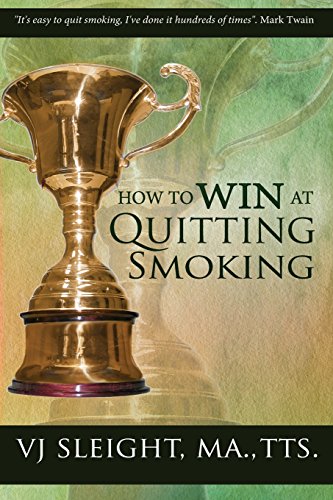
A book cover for How to Win at Quitting Smoking; VJ Sleight; Health, Fitness & Dieting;